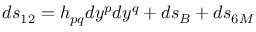
d s _ { 1 2 } = h _ { p q } d y ^ { p } d y ^ { q } + d s _ { B } + d s _ { 6 { \cal M } }